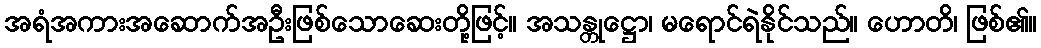
အရံအကားအဆောက်အဦးဖြစ်သောဆေးတို့ဖြင့်။ အသန္တုဋ္ဌော၊ မရောင်ရဲနိုင်သည်။ ဟောတိ၊ ဖြစ်၏။